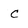
Character: c